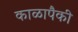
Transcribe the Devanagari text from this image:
काळापैकी